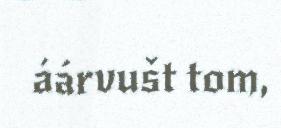
áárvušt tom,